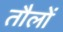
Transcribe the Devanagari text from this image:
तौलों